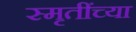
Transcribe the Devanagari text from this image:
स्मृतींच्या